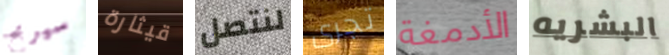
سيربح قيثارة لنتصل تجرى الأدمغة البشريه